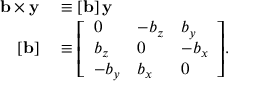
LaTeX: \begin{array} { r l } { \mathbf { b } \times \mathbf { y } } & { { } \equiv \left[ \mathbf { b } \right] \mathbf { y } } \\ { \left[ \mathbf { b } \right] } & { { } \equiv { \left[ \begin{array} { l l l } { 0 } & { - b _ { z } } & { b _ { y } } \\ { b _ { z } } & { 0 } & { - b _ { x } } \\ { - b _ { y } } & { b _ { x } } & { 0 } \end{array} \right] } . } \end{array}